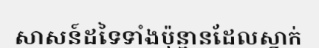
សាសន៍ដទៃទាំងប៉ុន្មានដែលស្នាក់